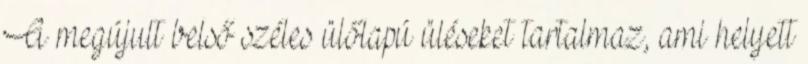
A megújult belső széles ülőlapú üléseket tartalmaz, ami helyett